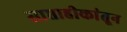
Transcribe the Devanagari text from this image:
साप्ताहीकांतून